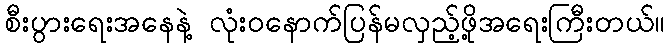
စီးပွားရေးအနေနဲ့ လုံးဝနောက်ပြန်မလှည့်ဖို့အရေးကြီးတယ်။